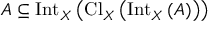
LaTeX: A \subseteq \operatorname { I n t } _ { X } \left( \operatorname { C l } _ { X } \left( \operatorname { I n t } _ { X } \left( A \right) \right) \right)